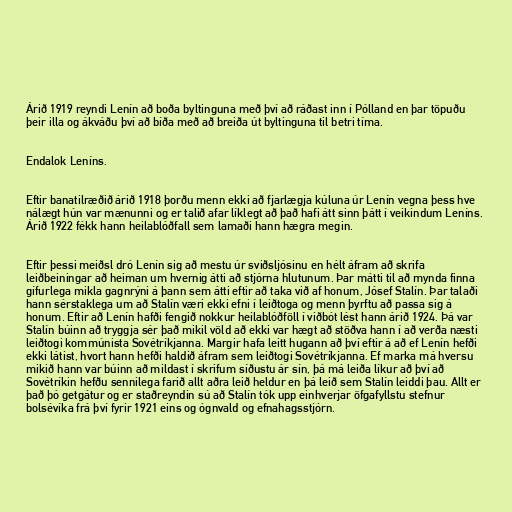
Árið 1919 reyndi Lenín að boða byltinguna með því að ráðast inn í Pólland en þar töpuðu
þeir illa og ákváðu því að bíða með að breiða út byltinguna til betri tíma.

Endalok Leníns.

Eftir banatilræðið árið 1918 þorðu menn ekki að fjarlægja kúluna úr Lenín vegna þess hve
nálægt hún var mænunni og er talið afar líklegt að það hafi átt sinn þátt í veikindum Leníns.
Árið 1922 fékk hann heilablóðfall sem lamaði hann hægra megin.

Eftir þessi meiðsl dró Lenín sig að mestu úr sviðsljósinu en hélt áfram að skrifa
leiðbeiningar að heiman um hvernig átti að stjórna hlutunum. Þar mátti til að mynda finna
gífurlega mikla gagnrýni á þann sem átti eftir að taka við af honum, Jósef Stalín. Þar talaði
hann sérstaklega um að Stalín væri ekki efni í leiðtoga og menn þyrftu að passa sig á
honum. Eftir að Lenín hafði fengið nokkur heilablóðföll í viðbót lést hann árið 1924. Þá var
Stalín búinn að tryggja sér það mikil völd að ekki var hægt að stöðva hann í að verða næsti
leiðtogi kommúnista Sovétríkjanna. Margir hafa leitt hugann að því eftir á að ef Lenín hefði
ekki látist, hvort hann hefði haldið áfram sem leiðtogi Sovétríkjanna. Ef marka má hversu
mikið hann var búinn að mildast í skrifum síðustu ár sín, þá má leiða líkur að því að
Sovétríkin hefðu sennilega farið allt aðra leið heldur en þá leið sem Stalín leiddi þau. Allt er
það þó getgátur og er staðreyndin sú að Stalín tók upp einhverjar öfgafyllstu stefnur
bolsévíka frá því fyrir 1921 eins og ógnvald og efnahagsstjórn.